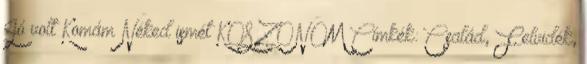
Jó volt Komám Néked ismét KÖSZÖNÖM Címkék: Család, Felvidék,